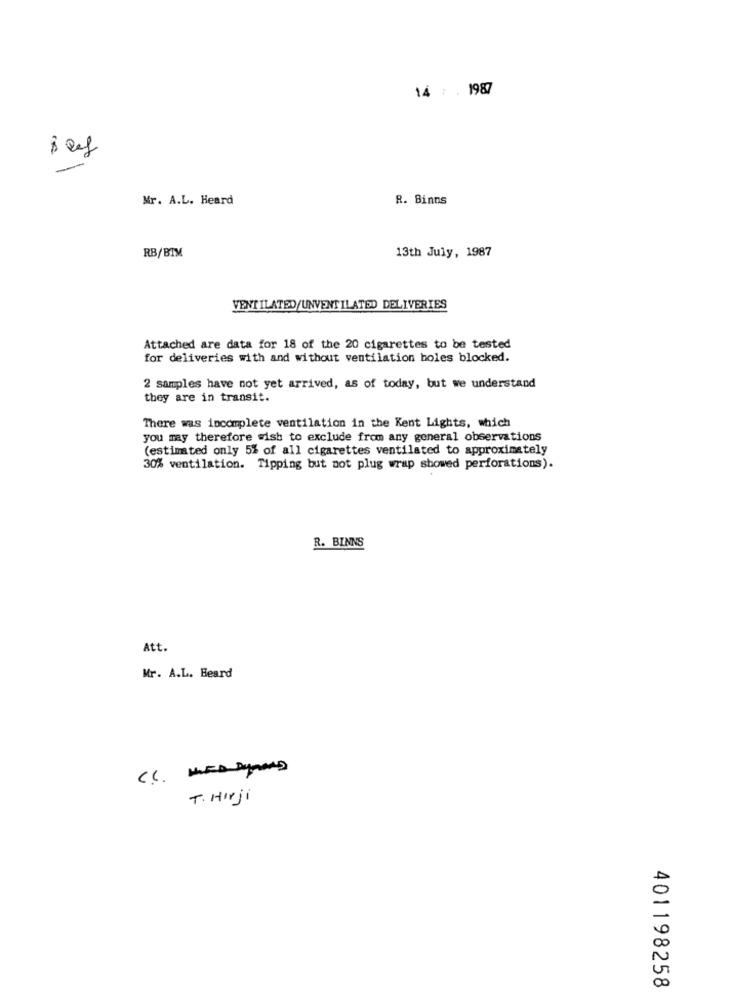
14 : 1987
Mr. A.L. Heard
R. Binns
13th July, 1987
RB/BIM
VENTILATED/UNVENTILATED DELIVERIES
Attached are data for 18 of the 20 cigarettes to be tested
for deliveries with and without ventilation boles blocked.
2 samples have not yet arrived, as of today, but we understand
they are in transit.
There was incomplete ventilation in the Kent Lights, which
you may therefore wish to exclude from any general observations
(estimated only 5% of all cigarettes ventilated to approximately
30% ventilation. Tipping but not plug wrap showed perforations).
R. BINNS
Att.
Mr. A.L. Heard
T. Hirji
401198258